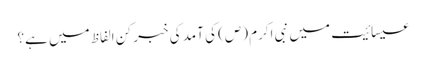
عیسائیت میں نبی اکرم (ص) کی آمد کی خبر کن الفاظ میں‌ ہے؟